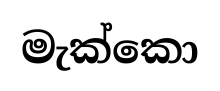
මැක්කො